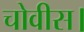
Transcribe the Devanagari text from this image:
चोवीस।